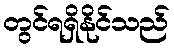
တွင်ရရှိနိုင်သည်